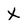
Character: X